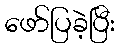
ဖော်ပြခဲ့ပြီး